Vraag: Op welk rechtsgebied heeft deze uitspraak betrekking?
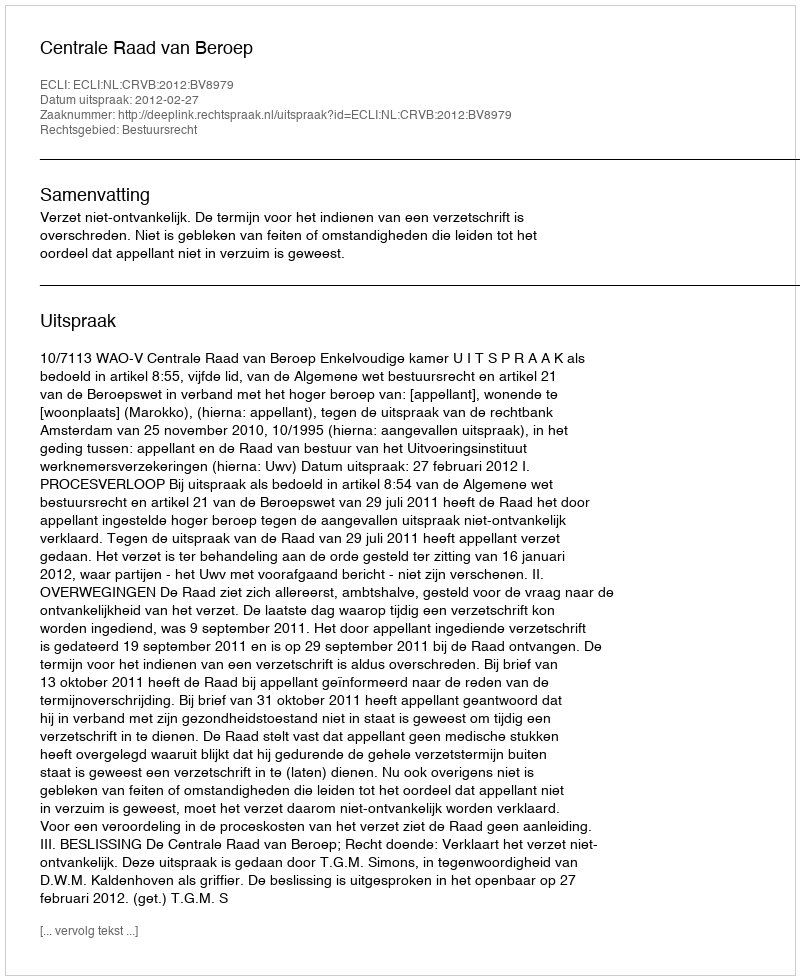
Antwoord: Bestuursrecht